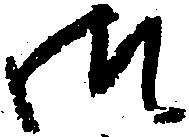
御